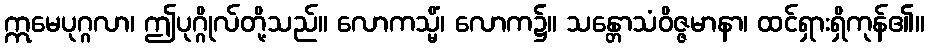
ဣမေပုဂ္ဂလာ၊ ဤပုဂ္ဂိုလ်တို့သည်။ လောကသ္မိံ၊ လောက၌။ သန္တောသံဝိဇ္ဇမာနာ၊ ထင်ရှားရှိကုန်၏။